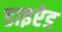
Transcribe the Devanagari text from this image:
डाइऐड